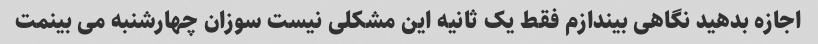
اجازه بدهید نگاهی بیندازم فقط یک ثانیه این مشکلی نیست سوزان چهارشنبه می بینمت